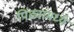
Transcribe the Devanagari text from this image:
पिढ्यांमध्ये